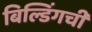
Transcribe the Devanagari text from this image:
बिल्डिंगची